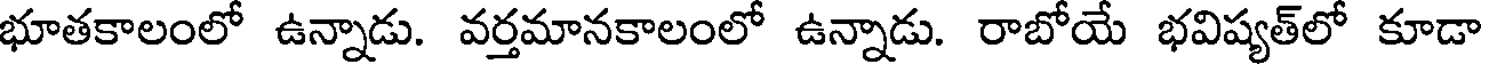
భూతకాలంలో ఉన్నాడు. వర్తమానకాలంలో ఉన్నాడు. రాబోయే భవిష్యత్లో కూడా